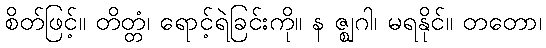
စိတ်ဖြင့်။ တိတ္တံ၊ ရောင့်ရဲခြင်းကို။ န ဇ္ဈဂါ၊ မရနိုင်။ တတော၊